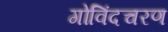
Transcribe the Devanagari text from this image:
गोविंदचरण